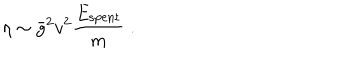
\eta \sim \bar { g } ^ { 2 } v ^ { 2 } \frac { E _ { \mathrm { s p e n t } } } { m } \; .